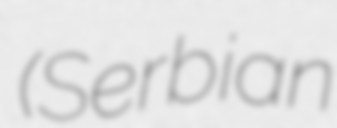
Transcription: (Serbian